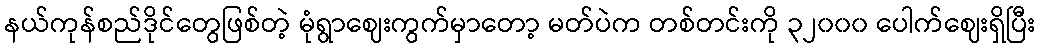
နယ်ကုန်စည်ဒိုင်တွေဖြစ်တဲ့ မုံရွာဈေးကွက်မှာတော့ မတ်ပဲက တစ်တင်းကို ၃၂၀၀၀ ပေါက်ဈေးရှိပြီး